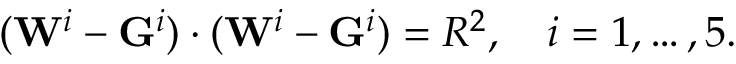
( \mathbf { W } ^ { i } - \mathbf { G } ^ { i } ) \cdot ( \mathbf { W } ^ { i } - \mathbf { G } ^ { i } ) = R ^ { 2 } , \quad i = 1 , \ldots , 5 .